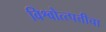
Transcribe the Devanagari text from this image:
विश्वोत्त्पत्तीचा